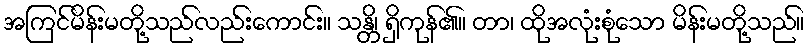
အကြင်မိန်းမတို့သည်လည်းကောင်း။ သန္တိ၊ ရှိကုန်၏။ တာ၊ ထိုအလုံးစုံသော မိန်းမတို့သည်။